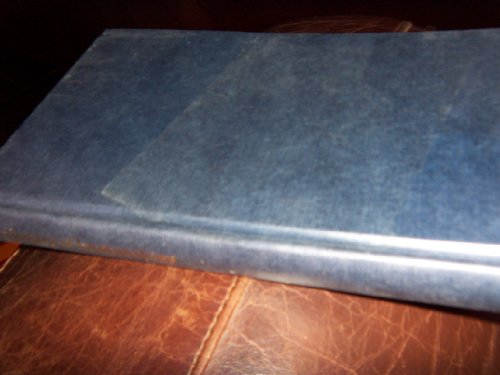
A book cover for Dictionary of Immunology; Medical Books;